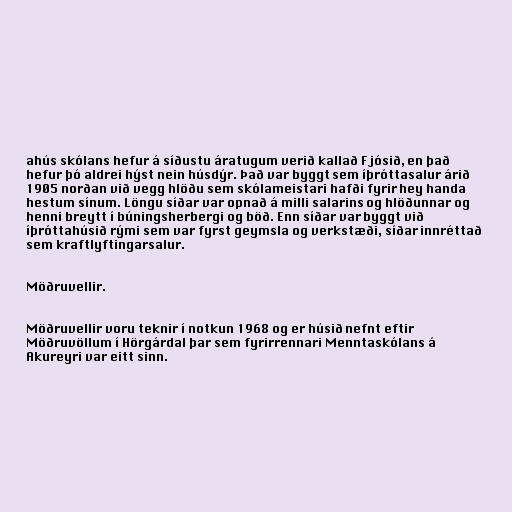
ahús skólans hefur á síðustu áratugum verið kallað Fjósið, en það
hefur þó aldrei hýst nein húsdýr. Það var byggt sem íþróttasalur árið
1905 norðan við vegg hlöðu sem skólameistari hafði fyrir hey handa
hestum sínum. Löngu síðar var opnað á milli salarins og hlöðunnar og
henni breytt í búningsherbergi og böð. Enn síðar var byggt við
íþróttahúsið rými sem var fyrst geymsla og verkstæði, síðar innréttað
sem kraftlyftingarsalur.

Möðruvellir.

Möðruvellir voru teknir í notkun 1968 og er húsið nefnt eftir
Möðruvöllum í Hörgárdal þar sem fyrirrennari Menntaskólans á
Akureyri var eitt sinn.